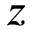
z